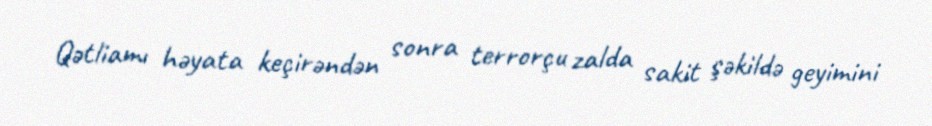
Qətliamı həyata keçirəndən sonra terrorçu zalda sakit şəkildə geyimini